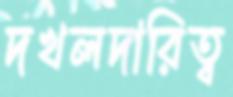
দখলদারিত্ব